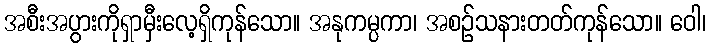
အစီးအပွားကိုရှာမှီးလေ့ရှိကုန်သော။ အနုကမ္ပကာ၊ အစဉ်သနားတတ်ကုန်သော။ ဝေါ၊